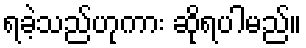
ရခဲ့သည်ဟုကား ဆိုရပါမည်။